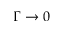
\Gamma \rightarrow 0